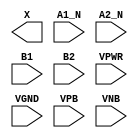
module sky130_fd_sc_hdll__a2bb2o (
    X   ,
    A1_N,
    A2_N,
    B1  ,
    B2  ,
    VPWR,
    VGND,
    VPB ,
    VNB
);

    output X   ;
    input  A1_N;
    input  A2_N;
    input  B1  ;
    input  B2  ;
    input  VPWR;
    input  VGND;
    input  VPB ;
    input  VNB ;
endmodule